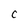
Character: C